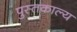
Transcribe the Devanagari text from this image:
पुस्तकाल्य